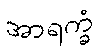
အာရက္ခံ